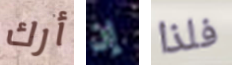
أرك إن فلذا